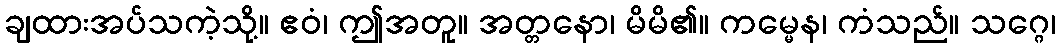
ချထားအပ်သကဲ့သို့။ ဧဝံ၊ ဤအတူ။ အတ္တနော၊ မိမိ၏။ ကမ္မေန၊ ကံသည်။ သဂ္ဂေ၊